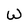
Character: W